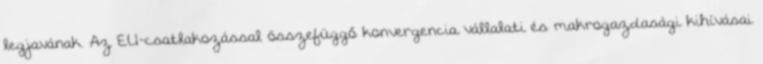
legjavának. Az EU-csatlakozással összefüggő konvergencia vállalati és makrogazdasági kihívásai